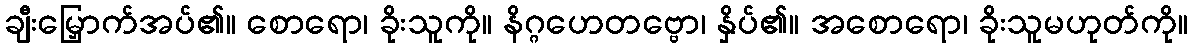
ချီးမြှောက်အပ်၏။ စောရော၊ ခိုးသူကို။ နိဂ္ဂဟေတဗ္ဗော၊ နှိပ်၏။ အစောရော၊ ခိုးသူမဟုတ်ကို။